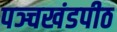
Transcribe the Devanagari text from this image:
पञ्चखंडपीठ